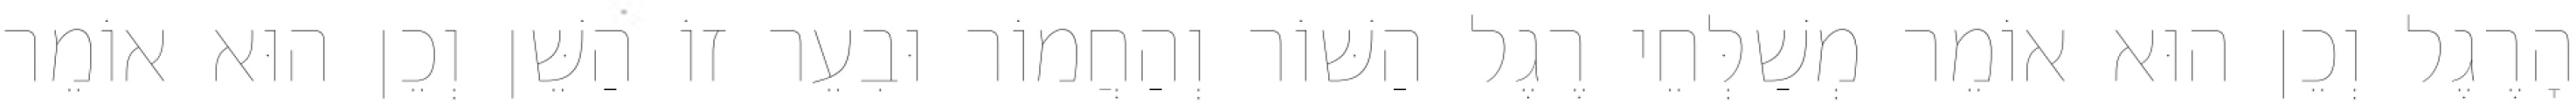
הָרֶגֶל וְכֵן הוּא אוֹמֵר מְשַׁלְּחֵי רֶגֶל הַשּׁוֹר וְהַחֲמוֹר וּבִעֵר זוֹ הַשֵּׁן וְכֵן הוּא אוֹמֵר